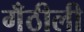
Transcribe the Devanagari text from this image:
गँठीली